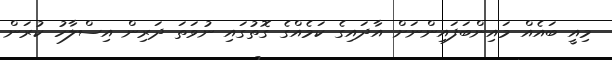
މިއީ ބައެއް މައިންބަފައިންނަށް އާދައިގެ ކަމެއްގެ ގޮތުގައި ނުވަތަ ދަރިން އިސްލާހު ކުރަން